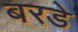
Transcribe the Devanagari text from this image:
बरडे